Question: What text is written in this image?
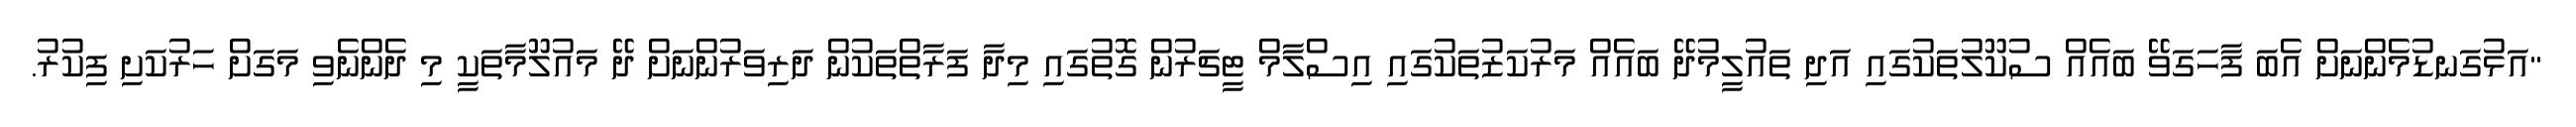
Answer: "އަޅުގަނޑުމެންނަށް އެބަ ފާހަގަވޭ ބައެއް ސުކޫލުތަކުގައި އަދި ތައުލީމުދޭ ބައެއް މަރުކަޒުތަކުގައި އިސްލާމް ޓީޗަރުން ގޮތުގައި މިދާ ފަރާތްތަކުން ދަރިވަރުންނަށް ދޭ މައުލޫމާތަކީ މި ދެންނެވި މަގަށް ހަރުކަށި ފިކުރު.